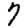
Digit: 7